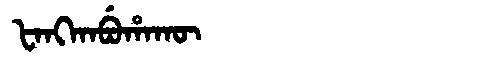
Manchu: ᡶᠠᠩᡴᠠᠪᡠᡥᠠᡴᡡ
Romanization: FANGKABUHAKŪ